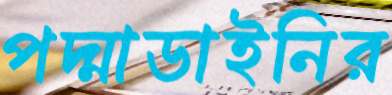
পদ্মাডাইনির